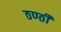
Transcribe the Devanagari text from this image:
ठण्ठी